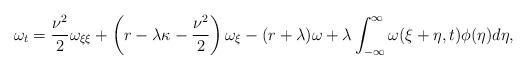
LaTeX: \begin{align*} \omega_t = \frac{\nu^2}{2} \omega_{\xi\xi} + \left(r - \lambda \kappa - \frac{\nu^2}{2}\right) \omega_\xi - (r + \lambda) \omega + \lambda \int_{-\infty}^\infty \omega(\xi + \eta, t) \phi(\eta) d\eta, \end{align*}